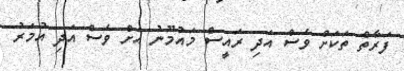
ފަރާތް ތަކަށް ވެސް އަދި ރައީސް މައުމޫނު އަށް ވެސް އަދި އުމަރު